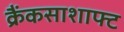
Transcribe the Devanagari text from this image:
क्रैंकसाशाफ्ट